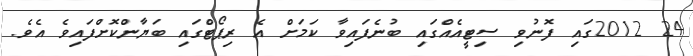
24 2012ގައި ފޮނުވި ސިޓީއެއްގައި ބުނެފައިވާ ކަމަށް އެ ރިޕޯޓްގައި ބަޔާންކޮށްފައިވެ އެވެ.